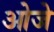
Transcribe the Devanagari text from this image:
ओजे